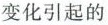
变化引起的